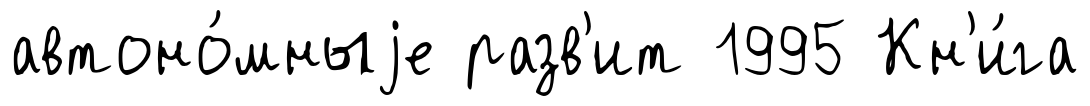
автоно́мныjе разв'ит 1995 Кн'и́га